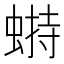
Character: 𧎋